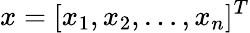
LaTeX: x=[x_{1},x_{2},\ldots,x_{n}]^{T}